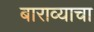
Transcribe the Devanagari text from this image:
बाराव्याचा